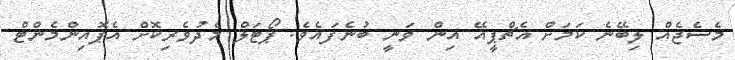
މެސެޖެއް ލިބޭނެ ކަމަށް އެޗްޕީއޭ އިން ވަނީ ބުނެފައެވެ. ޕޯޓަލް މެދުވެރިކޮށް އެޕޮއިންމެންޓް